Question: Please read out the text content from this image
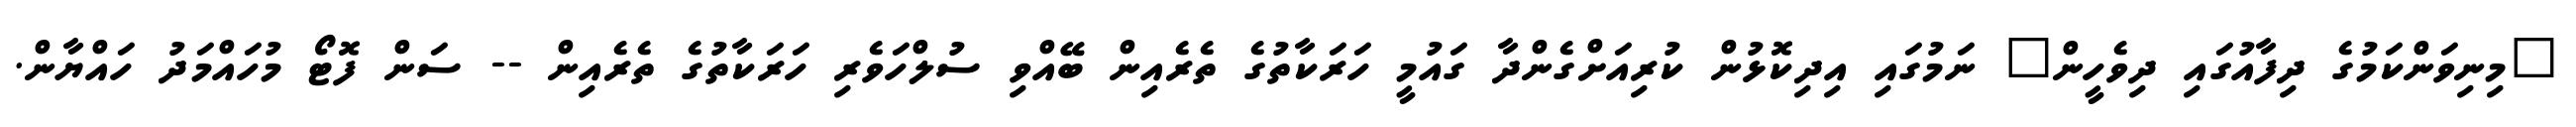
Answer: "މިނިވަންކަމުގެ ދިފާއުގައި ދިވެހީން" ނަމުގައި އިދިކޮޅުން ކުރިއަށްގެންދާ ގައުމީ ހަރަކާތުގެ ތެރެއިން ބޭއްވި ސުލްހަވެރި ހަރަކާތުގެ ތެރެއިން -- ސަން ފޮޓޯ މުހައްމަދު ހައްޔާން.